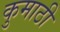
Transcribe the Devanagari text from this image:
कुमाठी